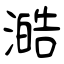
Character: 澔